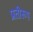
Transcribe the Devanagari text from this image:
प्रतीरूप